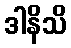
ဒါနိသိ